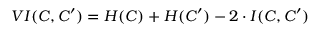
V I ( C , C ^ { \prime } ) = H ( C ) + H ( C ^ { \prime } ) - 2 \cdot I ( C , C ^ { \prime } )